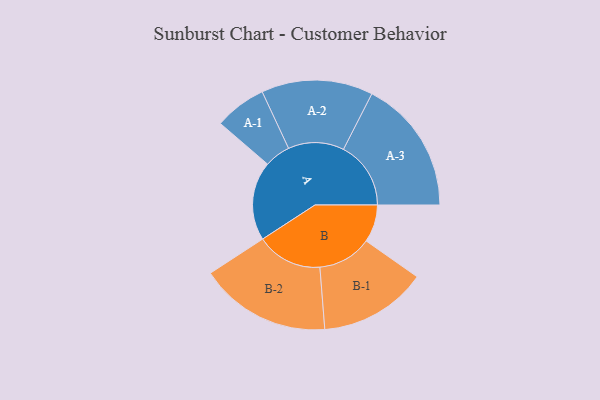
{"axis": {"x": "Segment", "y": "Value"}, "legend": ["", "A", "B"], "data": [{"x": "A", "y": 347, "type": ""}, {"x": "B", "y": 165, "type": ""}, {"x": "A-1", "y": 114, "type": "A"}, {"x": "A-2", "y": 245, "type": "A"}, {"x": "A-3", "y": 296, "type": "A"}, {"x": "B-1", "y": 237, "type": "B"}, {"x": "B-2", "y": 289, "type": "B"}]}